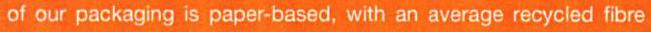
of our packaging is paper-based, with an average recycled fibre